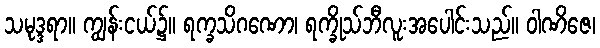
သမုဒ္ဒရာ။ ကျွန်းငယ်၌။ ရက္ခသိဂဏော၊ ရက္ခိုသ်ဘီလူးအပေါင်းသည်။ ဝါဏိဇေ၊